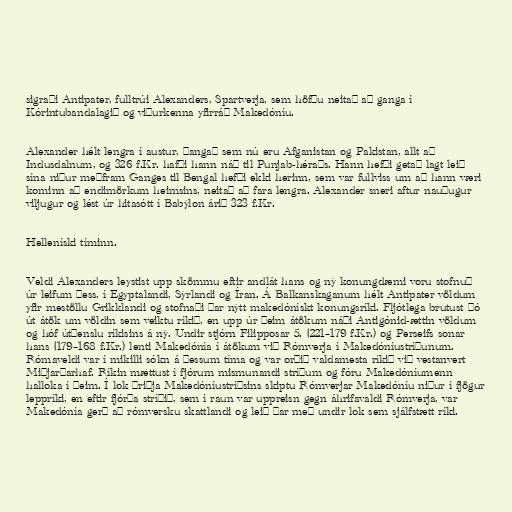
sigraði Antipater, fulltrúi Alexanders, Spartverja, sem höfðu neitað að ganga í
Kórintubandalagið og viðurkenna yfirráð Makedóníu.

Alexander hélt lengra í austur, þangað sem nú eru Afganistan og Pakistan, allt að
Indusdalnum, og 326 f.Kr. hafði hann náð til Punjab-héraðs. Hann hefði getað lagt leið
sína niður meðfram Ganges til Bengal hefði ekki herinn, sem var fullviss um að hann væri
kominn að endimörkum heimsins, neitað að fara lengra. Alexander sneri aftur nauðugur
viljugur og lést úr hitasótt í Babýlon árið 323 f.Kr.

Helleníski tíminn.

Veldi Alexanders leystist upp skömmu eftir andlát hans og ný konungdæmi voru stofnuð
úr leifum þess, í Egyptalandi, Sýrlandi og Íran. Á Balkanskaganum hélt Antipater völdum
yfir mestöllu Grikklandi og stofnaði þar nýtt makedónískt konungsríki. Fljótlega brutust þó
út átök um völdin sem veiktu ríkið, en upp úr þeim átökum náði Antigónid-ættin völdum
og hóf útþenslu ríkisins á ný. Undir stjórn Filipposar 5. (221–179 f.Kr.) og Perseifs sonar
hans (179–168 f.Kr.) lenti Makedónía í átökum við Rómverja í Makedóníustríðunum.
Rómaveldi var í mikilli sókn á þessum tíma og var orðið valdamesta ríkið við vestanvert
Miðjarðarhaf. Ríkin mættust í fjórum mismunandi stríðum og fóru Makedóníumenn
halloka í þeim. Í lok þriðja Makedóníustríðsins skiptu Rómverjar Makedóníu niður í fjögur
leppríki, en eftir fjórða stríðið, sem í raun var uppreisn gegn áhrifavaldi Rómverja, var
Makedónía gerð að rómversku skattlandi og leið þar með undir lok sem sjálfstætt ríki.